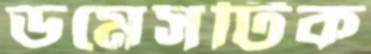
ডমেসটিক